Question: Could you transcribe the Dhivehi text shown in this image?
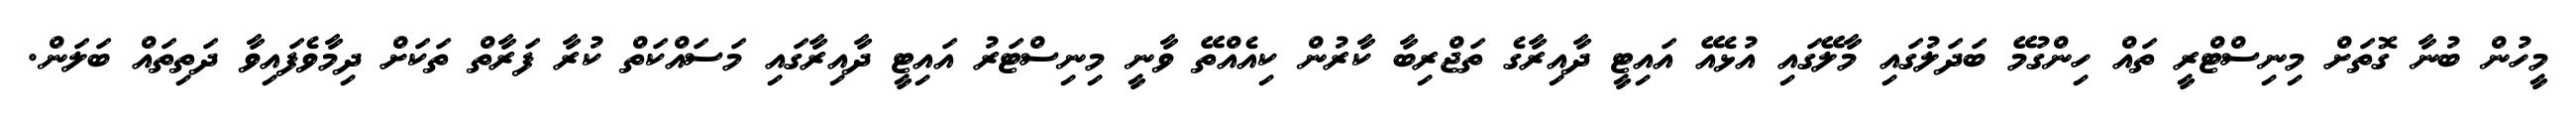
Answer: މީހުން ބުނާ ގޮތަށް މިނިސްޓްރީ ތައް ހިންގުމޭ ބަދަލުގައި މާލޭގައި އުޅެއޭ އައިޓީ ދާއިރާގެ ތަޖްރިބާ ކާރުން ކިއެއްތޭ ވާނީ މިނިސްޓަރު އައިޓީ ދާއިރާގައި މަސައްކަތް ކުރާ ފަރާތް ތަކަށް ދިމާވެފައިވާ ދަތިތައް ބަލަން.